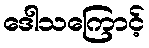
ဒေါသကြောင့်